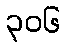
၃၀၆